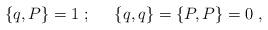
LaTeX: \begin{align*}\{ q,P \} =1\;;\;\;\;\;\; \{ q,q \} = \{ P,P \} = 0\;,\end{align*}